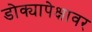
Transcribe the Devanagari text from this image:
डोक्यापेक्षावर